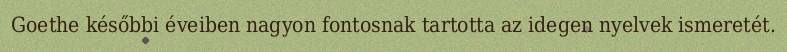
Goethe későbbi éveiben nagyon fontosnak tartotta az idegen nyelvek ismeretét.